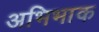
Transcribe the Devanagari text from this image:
अभिभाक